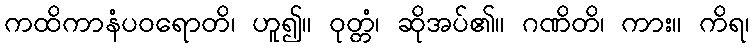
ကထိကာနံပဝရောတိ၊ ဟူ၍။ ဝုတ္တံ၊ ဆိုအပ်၏။ ဂဏိတိ၊ ကား။ ကိရ၊